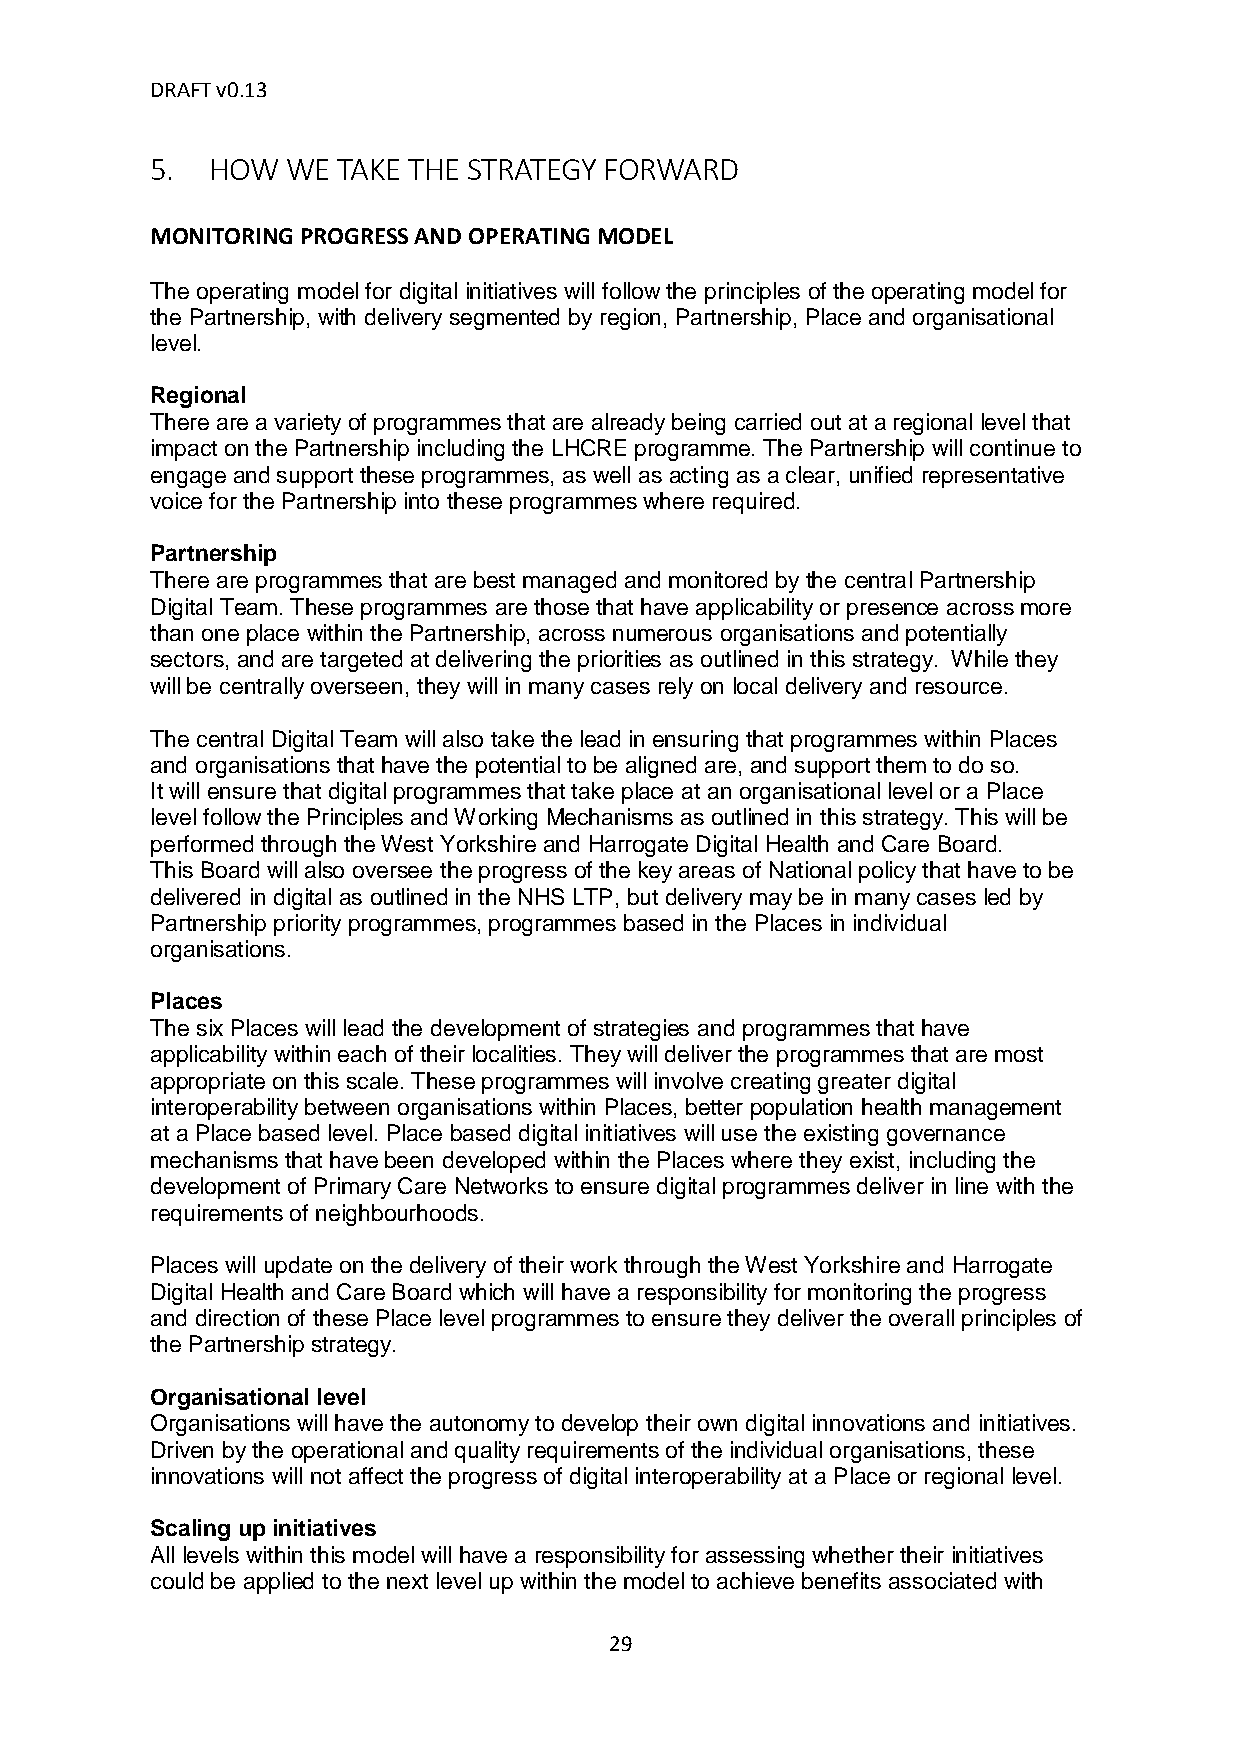
DRAFT v0.13
 5.  HOW  WE TAKE THE STRATEGY FORWARD
 MONITORING PROGRESS AND OPERATING MODEL
 The operating model for digital initiatives will follow the principles of the operating model for
 the Partnership, with delivery segmented by region, Partnership, Place and organisational
 level.
 Regional
 There are a variety of programmes that are already being carried out at a regional level that
 impact on the Partnership including the LHCRE programme. The Partnership will continue to
 engage and support these programmes, as well as acting as a clear, unified representative
 voice for the Partnership into these programmes where required.
 Partnership
 There are programmes that are best managed and monitored by the central Partnership
 Digital Team. These programmes are those that have applicability or presence across more
 than one place within the Partnership, across numerous organisations and potentially
 sectors, and are targeted at delivering the priorities as outlined in this strategy. While they
 will be centrally overseen, they will in many cases rely on local delivery and resource.
 The central Digital Team will also take the lead in ensuring that programmes within Places
 and organisations that have the potential to be aligned are, and support them to do so.
 It will ensure that digital programmes that take place at an organisational level or a Place
 level follow the Principles and Working Mechanisms as outlined in this strategy. This will be
 performed through the West Yorkshire and Harrogate Digital Health and Care Board.
 This Board will also oversee the progress of the key areas of National policy that have to be
 delivered in digital as outlined in the NHS LTP, but delivery may be in many cases led by
 Partnership priority programmes, programmes based in the Places in individual
 organisations.
 Places
 The six Places will lead the development of strategies and programmes that have
 applicability within each of their localities. They will deliver the programmes that are most
 appropriate on this scale. These programmes will involve creating greater digital
 interoperability between organisations within Places, better population health management
 at a Place based level. Place based digital initiatives will use the existing governance
 mechanisms that have been developed within the Places where they exist, including the
 development of Primary Care Networks to ensure digital programmes deliver in line with the
 requirements of neighbourhoods.
 Places will update on the delivery of their work through the West Yorkshire and Harrogate
 Digital Health and Care Board which will have a responsibility for monitoring the progress
 and direction of these Place level programmes to ensure they deliver the overall principles of
 the Partnership strategy.
 Organisational level
 Organisations will have the autonomy to develop their own digital innovations and initiatives.
 Driven by the operational and quality requirements of the individual organisations, these
 innovations will not affect the progress of digital interoperability at a Place or regional level.
 Scaling up initiatives
 All levels within this model will have a responsibility for assessing whether their initiatives
 could be applied to the next level up within the model to achieve benefits associated with
 29